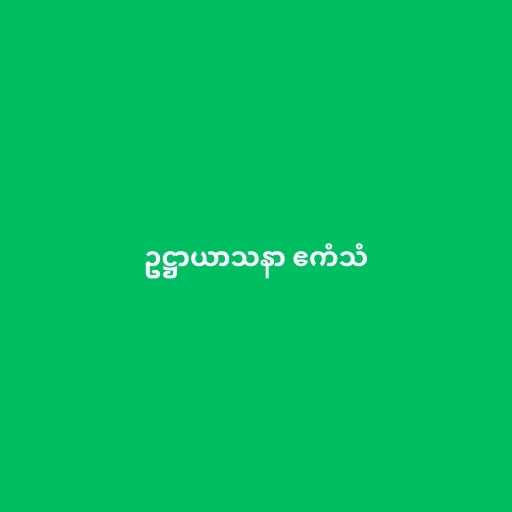
ဥဋ္ဌာယာသနာ ဧကံသံ